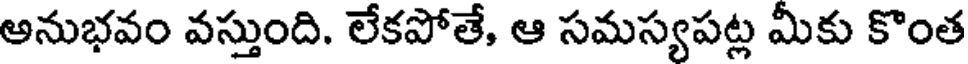
అనుభవం వస్తుంది. లేకపోతే, ఆ సమస్యపట్ల మీకు కొంత